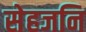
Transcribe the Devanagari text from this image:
सेहजनि